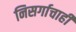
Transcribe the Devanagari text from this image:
निसर्गाचाही